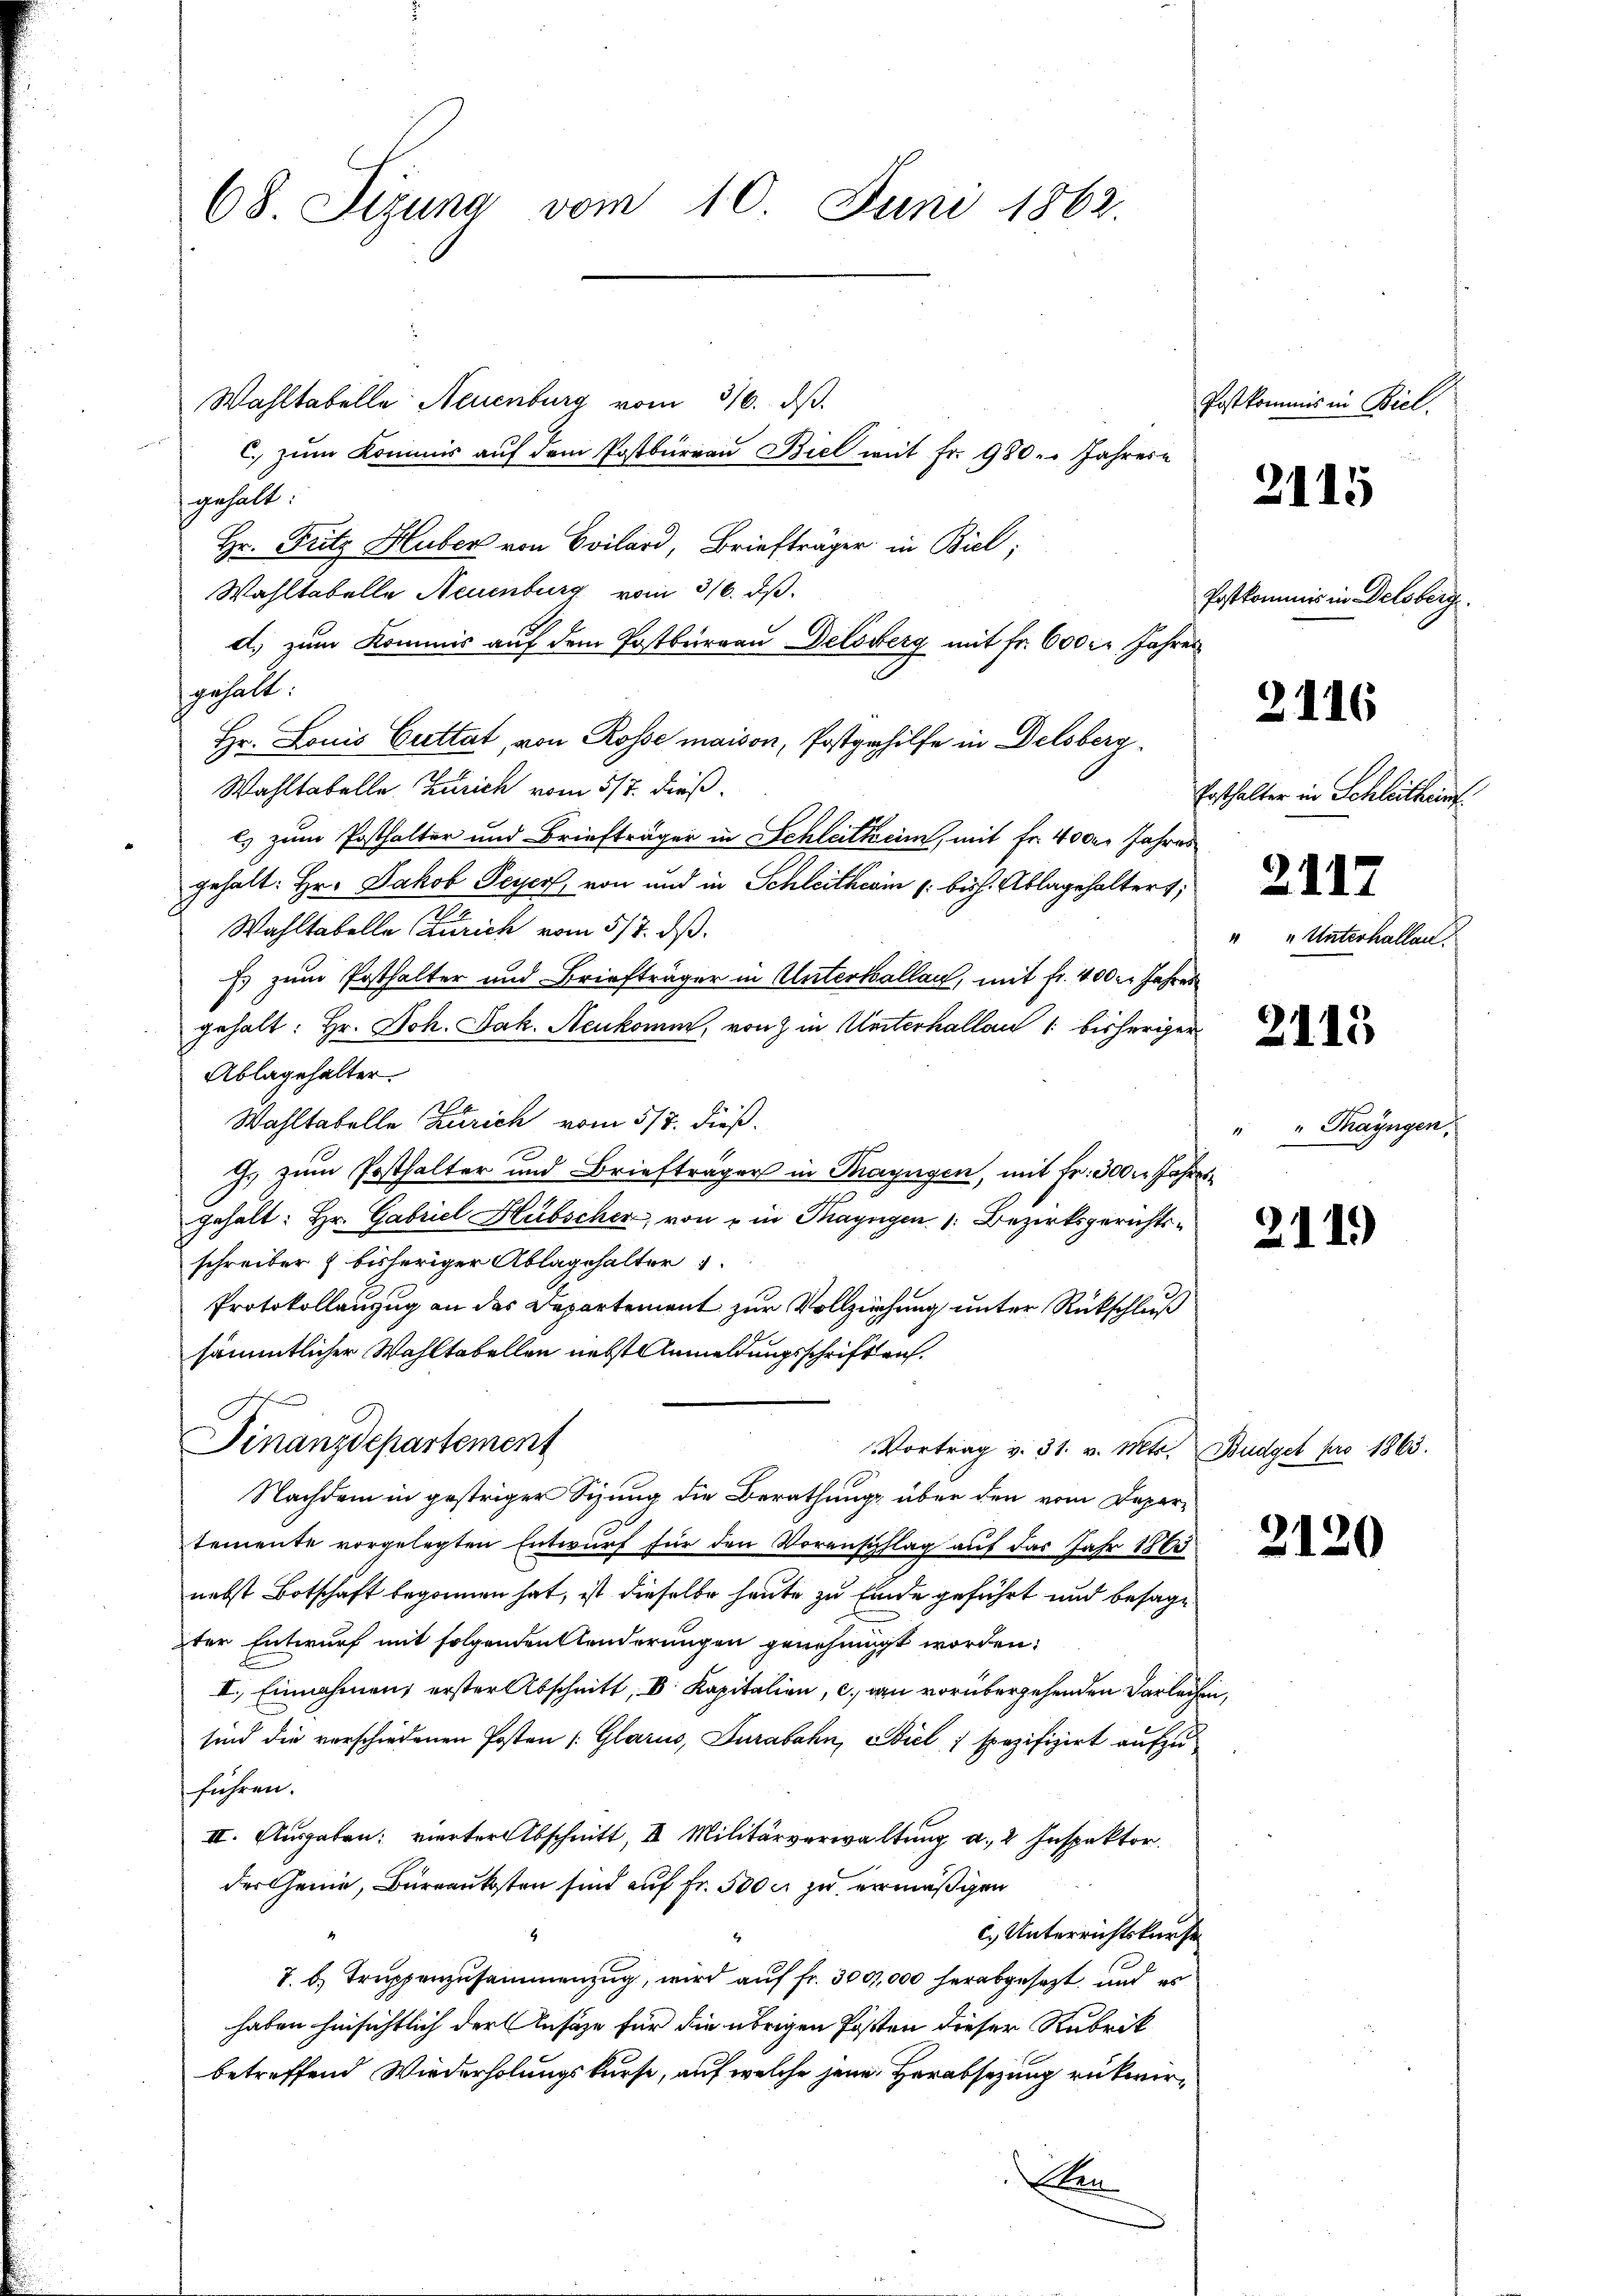
68 Sizung vom 10. Juni 1862.

Wahltabelle Neuenburg vom 310. ds.
C. zum Kommis auf dem Postbureau Biel mit fr. 980. Jahres
gehalt:
Hr. Fritz Huber von Svilard, Briefträger in Biel;
Wahltabelle Neuenburg vom 316. ds.
d.) zum Kommis auf dem Postburgau Delsberg mit Fr. 600 fr. Jahres
gehalt.
Hr. Louis Cuttat, von Rosse maison, Postgehilfe in Delsberg
Wahltabelle. Zürich vom 5/7. dieß.
ls zum Posthalter und Briefträger in Schleitheim, mit Fr. 400r Jahres
gehalt: Hr. Jakob Peyer von und in Schleitherin /: buch. Ablagehalters,
Wahltabelle Zürich vom 5/7. dß.
Es zum Posthalter und Briefträger in Unterkallan, mit fr. 400 l. Jahres
gehalt: Hr. Joh. Jak. Neukomm, von Z. in Unterhallau 1 bisheriger
Ablagehalter
Wahltabelle Zürich vom 5/7. dieß.
J. zum Posthalter und Briefträger in Thayngen, mit Fr. 300. Jahres
gehalt: Hr. Gabriel Hübscher, von u in Thayngen 1. Bezirksgerichtsschreiber & bisheriger Ablagshalter
Protokollanzug an das Departement zur Vollziehung unter Rückschluß
sämmtlicher Wahltabellen nebst Anmeldungsschrift auf.
Finanzdepartement
Vortrag v. 31. v. Mts. Budget pro 1863.
Nachdem in gestriger Sizung die Berathungs über den vom Departemente vorgelegten Entwurf für den Voransichlag auf das Jahr 1863
nebst Botschaft begonnen hat, ist dieselbe heute zu Einde geführt und besagter Entwurf mit folgenden Kinderungen genehmigt worden:
II.) Einnahmens erster Abschnitt, D. Kapitalien, c. an vorübergehenden Darleihen
sind die verschiedenen Posten (Glarus, Jurabahn, Biel spezifizirt aufzufahren.
II. Ausgaben: vierter Abschnitt, I. Militärverwaltung a. 2 Inspektor
der Genie, Bureaukosten sind auf Fr. 5000 zu ermäßigen
c) Unterrichtskurse
7. b.) Truppenzusammenzug, wird auf fr. 300,000 herabgesezt, und es
haben hinsichtlich der Ansäze für die übrigen Posten dieser Rubrik
betreffend Wiederholungskurse, auf welche jene Herabsetzung rükwir¬
Aen

Postkommis in Biel.

Postkommis in Delsberg.

u

2115

2116

Ersthalter in Schleithent
" „Unterhallen.

2115

211)

"Thayngen,
e

2120